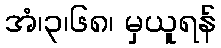
အံ၊၃၊၆၈၊ မှယူရန်